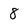
Character: 8